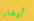
أوهارا